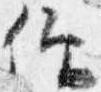
仰